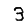
Digit: 3